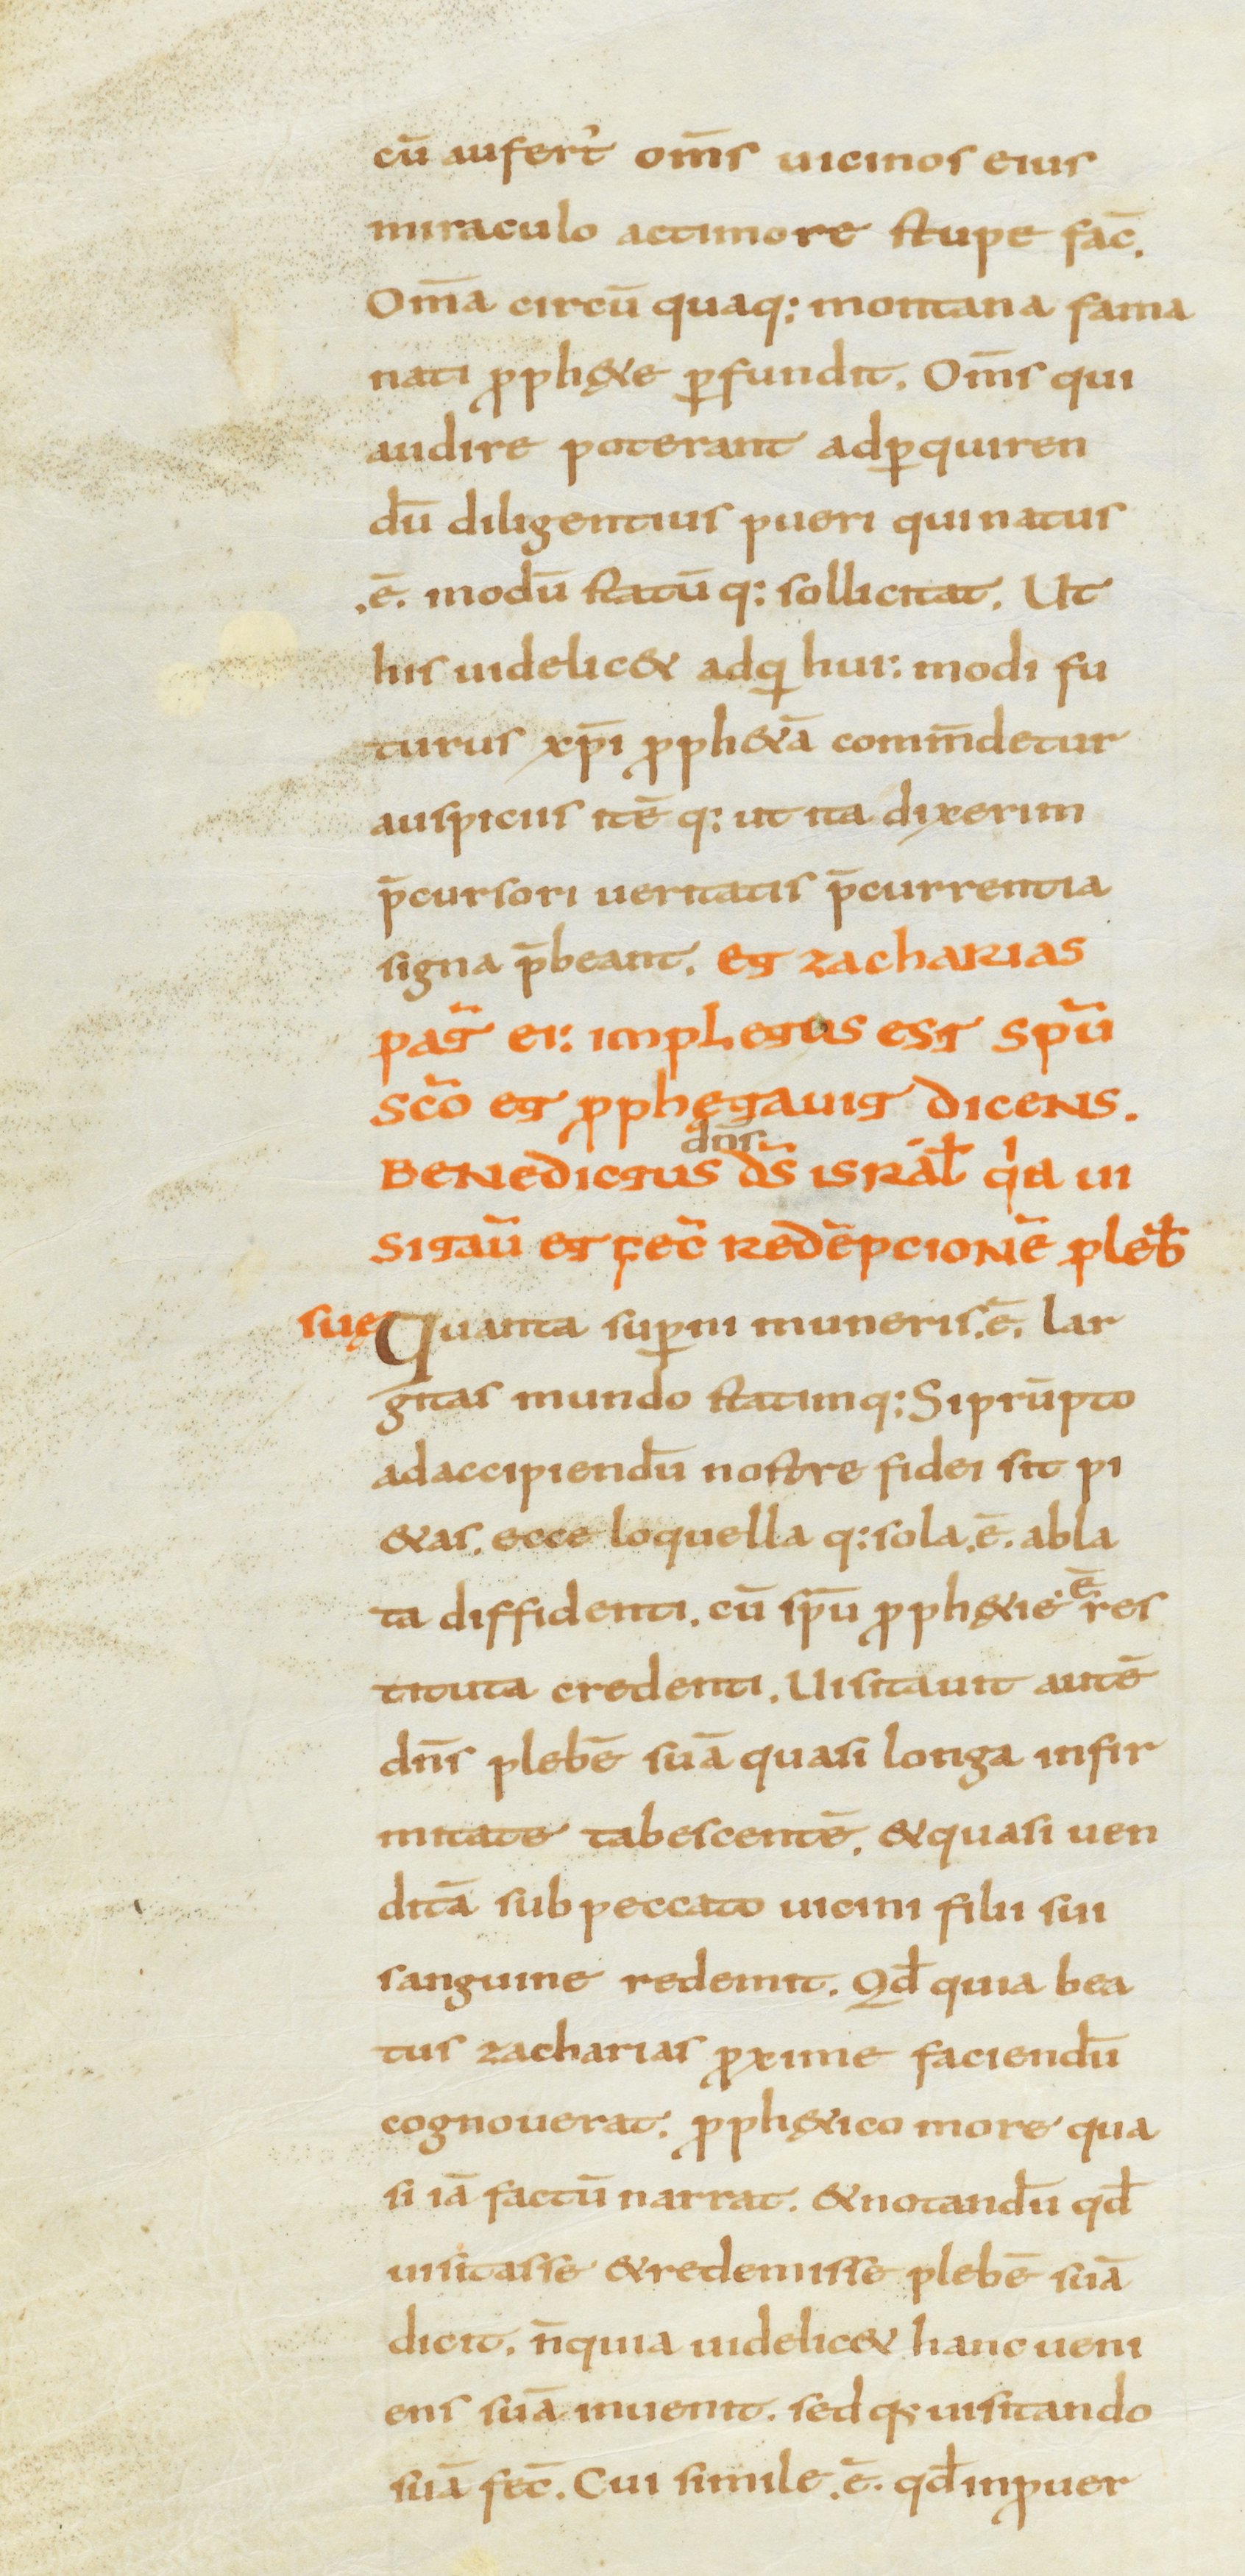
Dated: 800–899